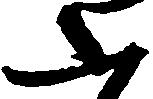
ふ